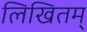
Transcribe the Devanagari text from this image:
लिखितम्